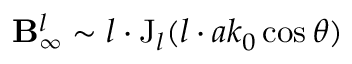
\mathbf { B } _ { \infty } ^ { l } \sim l \cdot \mathrm { J } _ { l } ( l \cdot a k _ { 0 } \cos \theta )